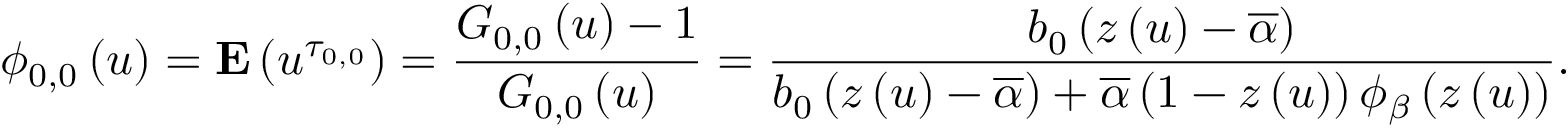
\phi _ { 0 , 0 } \left( u \right) = { \bf E } \left( u ^ { \tau _ { 0 , 0 } } \right) = \frac { G _ { 0 , 0 } \left( u \right) - 1 } { G _ { 0 , 0 } \left( u \right) } = \frac { b _ { 0 } \left( z \left( u \right) - \overline { { \alpha } } \right) } { b _ { 0 } \left( z \left( u \right) - \overline { { \alpha } } \right) + \overline { { \alpha } } \left( 1 - z \left( u \right) \right) \phi _ { \beta } \left( z \left( u \right) \right) } \mathrm { . }